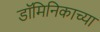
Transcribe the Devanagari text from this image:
डॉमिनिकाच्या